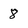
Character: 8